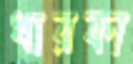
ধারকা